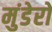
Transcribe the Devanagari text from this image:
मुंडेरों